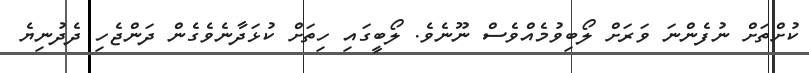
ކުށްތަށް ނުފެންނަ ވަރަށް ލޯބިވުމެއްވެސް ނޫނެވެ. ލޯބީގައި ހިތަށް ކުޅަދާނެވެގެން ދަންޖެހި ދެދުނިޔެ